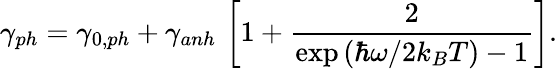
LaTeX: \gamma_{ph}=\gamma_{0,ph}+\gamma_{anh}\, \left[1+\frac{2}{\exp\left(\hbar\omega/2k_{B}T\right)-1}\right].